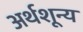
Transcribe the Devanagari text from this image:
अर्थशून्य